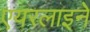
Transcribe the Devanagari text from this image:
एयरलाइने